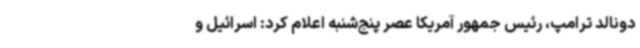
دونالد ترامپ، رئیس جمهور آمریکا عصر پنج‌شنبه اعلام کرد: اسرائیل و